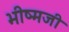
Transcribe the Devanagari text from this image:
भीष्मजी